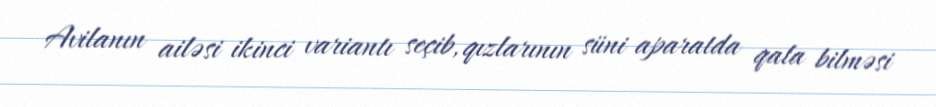
Avilanın ailəsi ikinci variantı seçib, qızlarının süni aparatda qala bilməsi